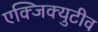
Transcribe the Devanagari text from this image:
एक्जिक्युटीव